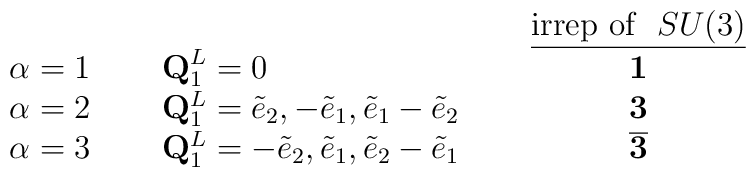
\begin{array}{llllc}& & & & \underline{{\mbox{irrep of }}~SU(3)} \\\alpha=1  & \phantom{6} &{\bf Q}^{L}_{1}=0 & \phantom{6} &{\bf 1} \\\alpha=2  & &{\bf Q}^{L}_{1}=\tilde{e}_{2},-\tilde{e}_{1},\tilde{e}_{1}- \tilde{e}_{2}  & & {\bf 3}  \\\alpha=3 & &{\bf Q}^{L}_{1}=-\tilde{e}_{2},\tilde{e}_{1},\tilde{e}_{2} - \tilde{e}_{1} & & {\bf {\overline{3}}} \\\end{array}